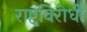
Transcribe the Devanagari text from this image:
राष्टृविरोधी